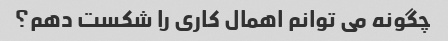
چگونه می توانم اهمال کاری را شکست دهم؟